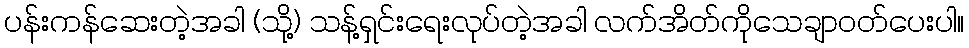
ပန်းကန်ဆေးတဲ့အခါ (သို့) သန့်ရှင်းရေးလုပ်တဲ့အခါ လက်အိတ်ကိုသေချာဝတ်ပေးပါ။